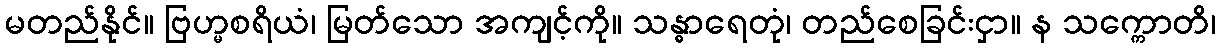
မတည်နိုင်။ ဗြဟ္မစရိယံ၊ မြတ်သော အကျင့်ကို။ သန္ဓာရေတုံ၊ တည်စေခြင်းငှာ။ န သက္ကောတိ၊